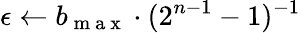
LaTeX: \epsilon\leftarrow b_{\mathrm{~m~a~x~}}\cdot({2^{n-1}-1})^{-1}